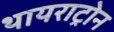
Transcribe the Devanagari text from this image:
थायराट्रोन